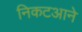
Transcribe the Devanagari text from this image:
निकटआने